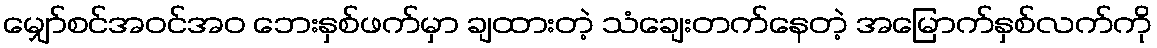
မျှော်စင်အဝင်အဝ ဘေးနှစ်ဖက်မှာ ချထားတဲ့ သံချေးတက်နေတဲ့ အမြောက်နှစ်လက်ကို